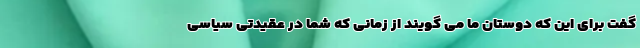
گفت برای این که دوستان ما می گویند از زمانی که شما در عقیدتی سیاسی